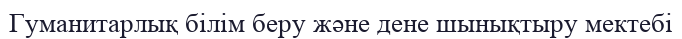
Гуманитарлық білім беру және дене шынықтыру мектебі